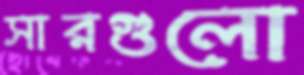
সারগুলো